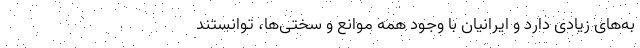
به‌های زیادی دارد و ایرانیان با وجود همه موانع و سختی‌ها، توانستند